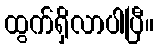
ထွက်ရှိလာပါပြီ။